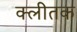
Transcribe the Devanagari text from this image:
क्लीतक